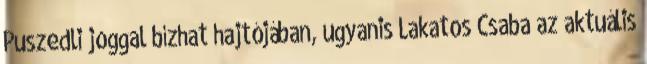
Puszedli joggal bízhat hajtójában, ugyanis Lakatos Csaba az aktuális